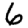
Digit: 6